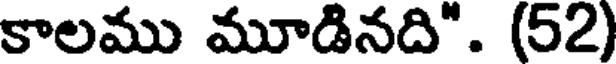
కాలము మూడినది". (52)